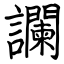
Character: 讕